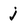
Character: j